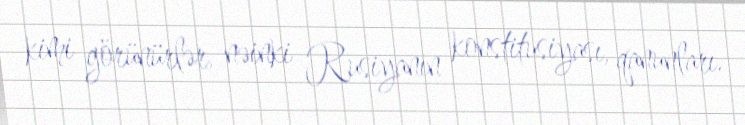
kimi görünürlər, nəinki Rusiyanın konstitusiyası, qanunları.